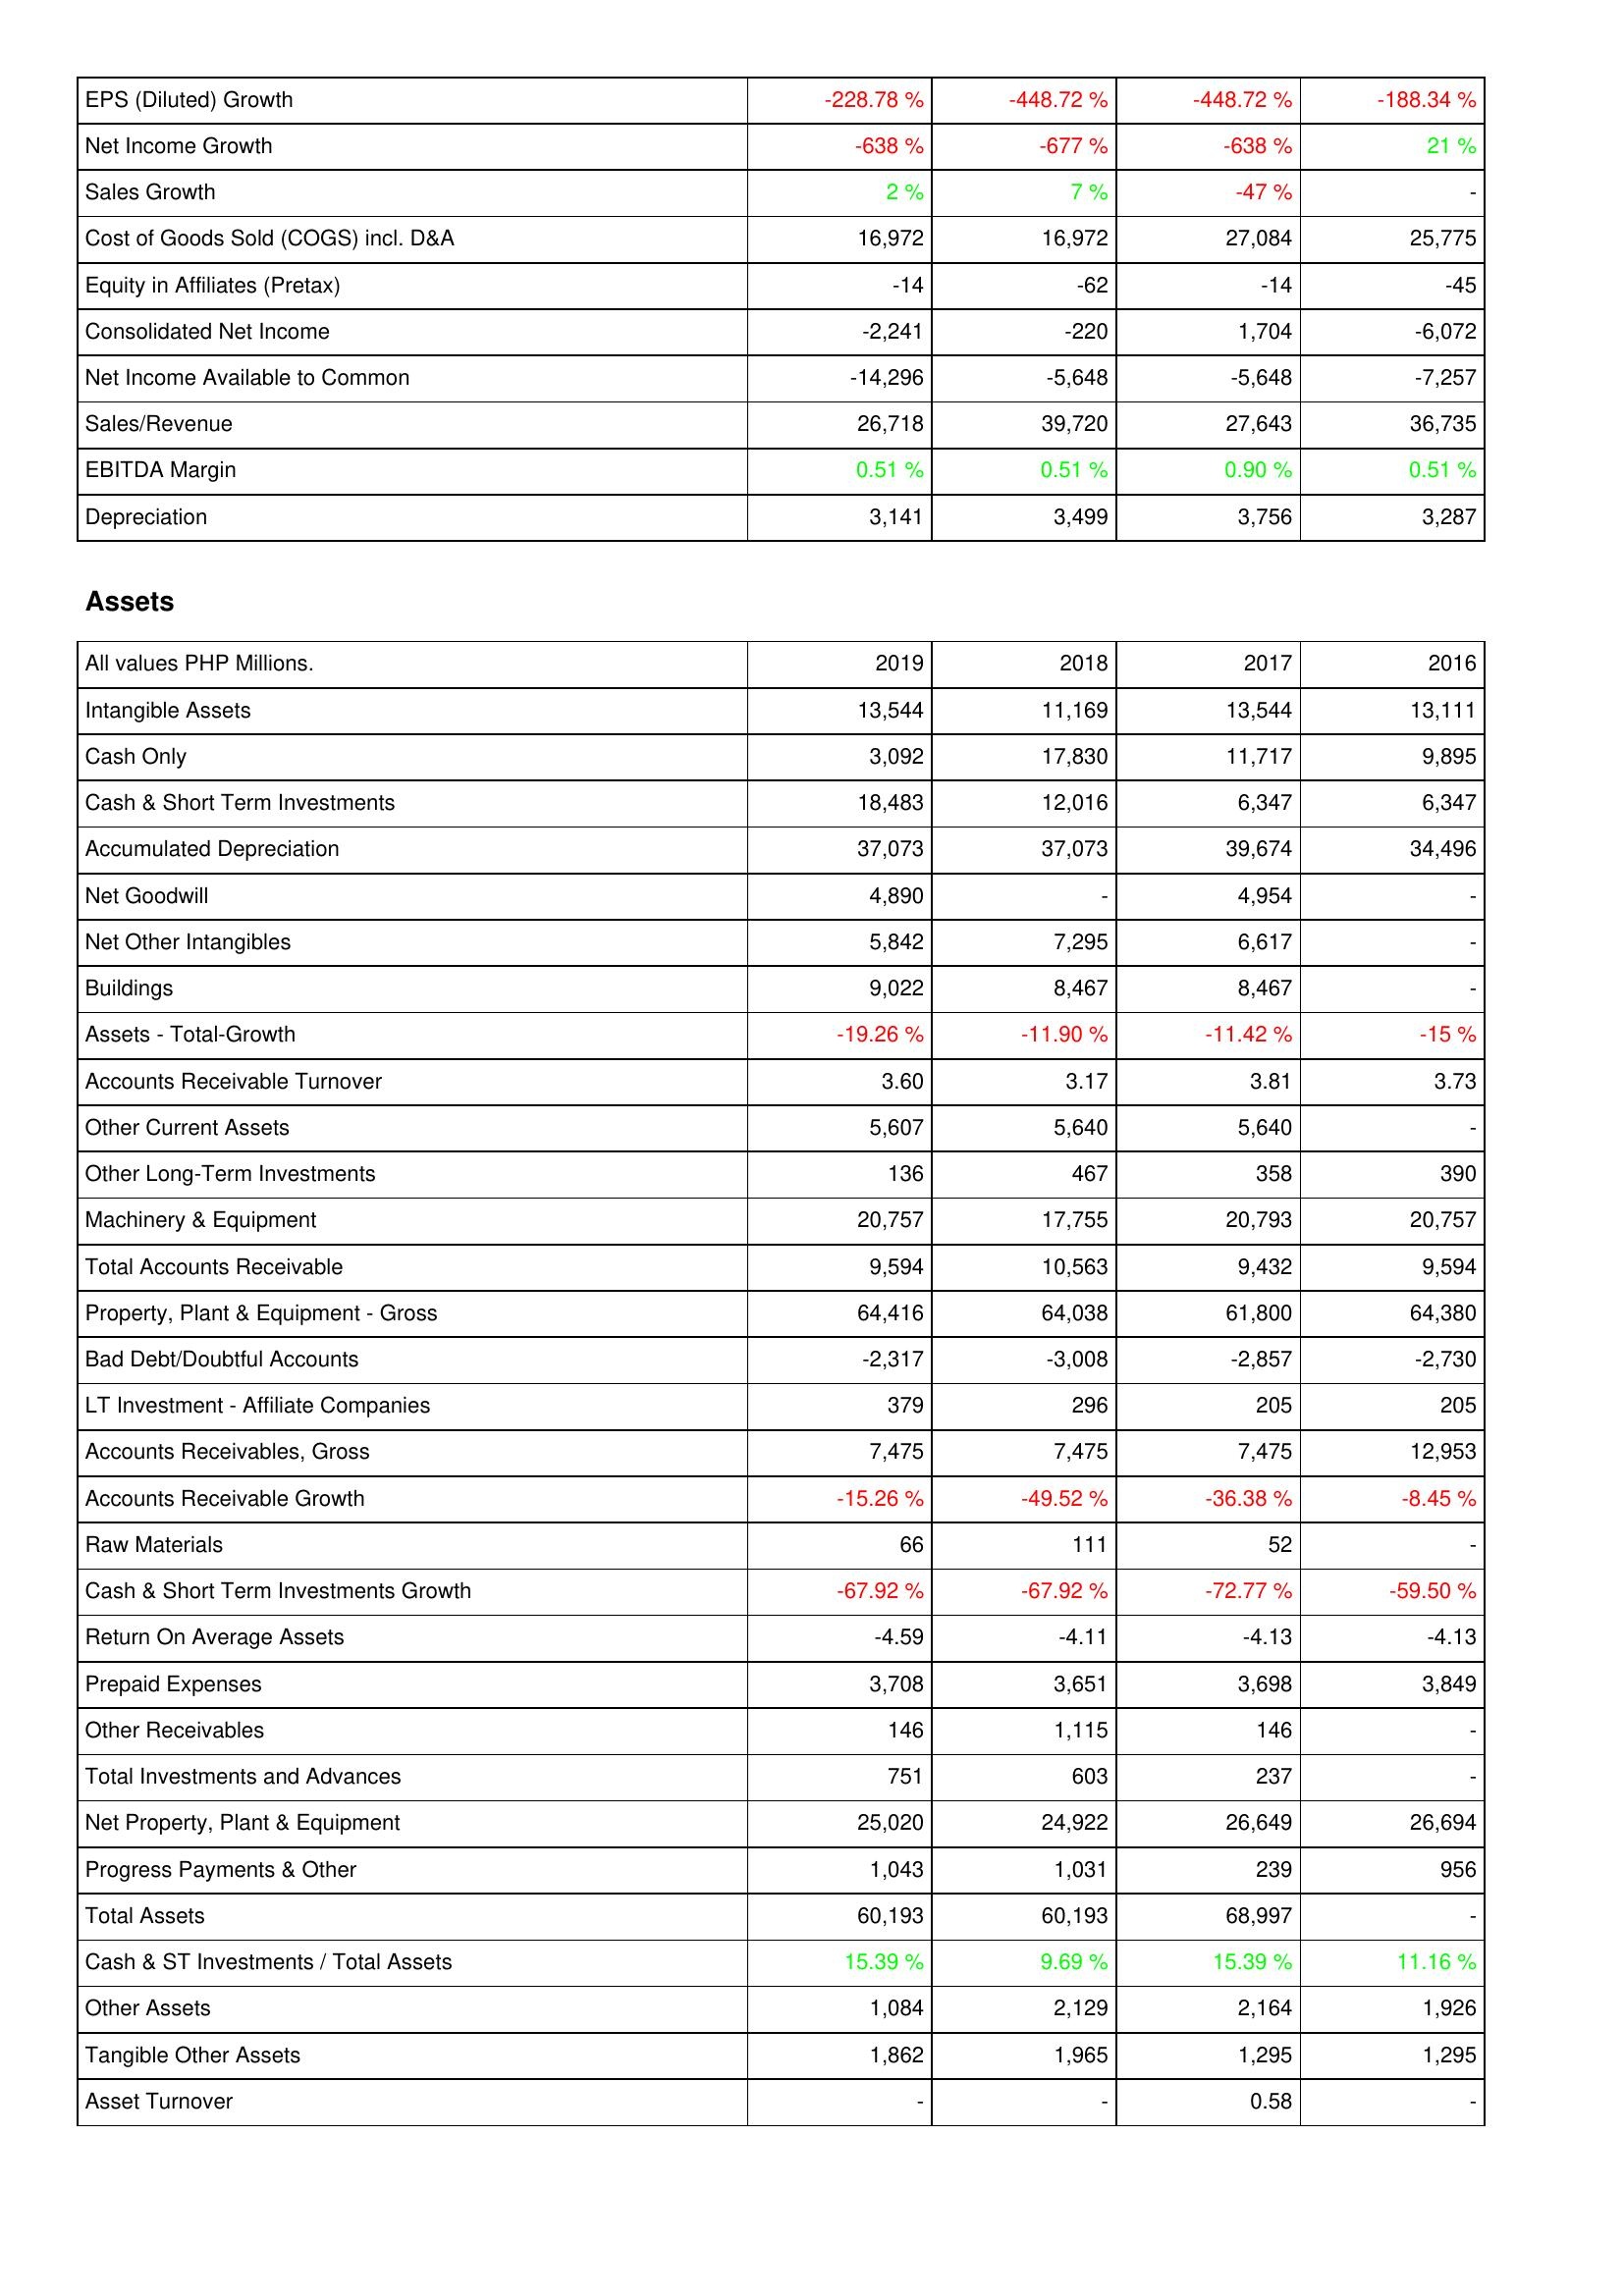
2019: Income Statement: EPS (Diluted) Growth: -228.78 %
Net Income Growth: -638 %
Sales Growth: 2 %
Cost of Goods Sold (COGS) incl. D&A: 16,972
Equity in Affiliates (Pretax): -14
Consolidated Net Income: -2,241
Net Income Available to Common: -14,296
Sales/Revenue: 26,718
EBITDA Margin: 0.51 %
Depreciation: 3,141
Assets: Intangible Assets: 13,544
Cash Only: 3,092
Cash & Short Term Investments: 18,483
Accumulated Depreciation: 37,073
Net Goodwill: 4,890
Net Other Intangibles: 5,842
Buildings: 9,022
Assets - Total-Growth: -19.26 %
Accounts Receivable Turnover: 3.60
Other Current Assets: 5,607
Other Long-Term Investments: 136
Machinery & Equipment: 20,757
Total Accounts Receivable: 9,594
Property, Plant & Equipment - Gross: 64,416
Bad Debt/Doubtful Accounts: -2,317
LT Investment - Affiliate Companies: 379
Accounts Receivables, Gross: 7,475
Accounts Receivable Growth: -15.26 %
Raw Materials: 66
Cash & Short Term Investments Growth: -67.92 %
Return On Average Assets: -4.59
Prepaid Expenses: 3,708
Other Receivables: 146
Total Investments and Advances: 751
Net Property, Plant & Equipment: 25,020
Progress Payments & Other: 1,043
Total Assets: 60,193
Cash & ST Investments / Total Assets: 15.39 %
Other Assets: 1,084
Tangible Other Assets: 1,862
Asset Turnover: -
2018: Income Statement: EPS (Diluted) Growth: -448.72 %
Net Income Growth: -677 %
Sales Growth: 7 %
Cost of Goods Sold (COGS) incl. D&A: 16,972
Equity in Affiliates (Pretax): -62
Consolidated Net Income: -220
Net Income Available to Common: -5,648
Sales/Revenue: 39,720
EBITDA Margin: 0.51 %
Depreciation: 3,499
Assets: Intangible Assets: 11,169
Cash Only: 17,830
Cash & Short Term Investments: 12,016
Accumulated Depreciation: 37,073
Net Goodwill: -
Net Other Intangibles: 7,295
Buildings: 8,467
Assets - Total-Growth: -11.90 %
Accounts Receivable Turnover: 3.17
Other Current Assets: 5,640
Other Long-Term Investments: 467
Machinery & Equipment: 17,755
Total Accounts Receivable: 10,563
Property, Plant & Equipment - Gross: 64,038
Bad Debt/Doubtful Accounts: -3,008
LT Investment - Affiliate Companies: 296
Accounts Receivables, Gross: 7,475
Accounts Receivable Growth: -49.52 %
Raw Materials: 111
Cash & Short Term Investments Growth: -67.92 %
Return On Average Assets: -4.11
Prepaid Expenses: 3,651
Other Receivables: 1,115
Total Investments and Advances: 603
Net Property, Plant & Equipment: 24,922
Progress Payments & Other: 1,031
Total Assets: 60,193
Cash & ST Investments / Total Assets: 9.69 %
Other Assets: 2,129
Tangible Other Assets: 1,965
Asset Turnover: -
2017: Income Statement: EPS (Diluted) Growth: -448.72 %
Net Income Growth: -638 %
Sales Growth: -47 %
Cost of Goods Sold (COGS) incl. D&A: 27,084
Equity in Affiliates (Pretax): -14
Consolidated Net Income: 1,704
Net Income Available to Common: -5,648
Sales/Revenue: 27,643
EBITDA Margin: 0.90 %
Depreciation: 3,756
Assets: Intangible Assets: 13,544
Cash Only: 11,717
Cash & Short Term Investments: 6,347
Accumulated Depreciation: 39,674
Net Goodwill: 4,954
Net Other Intangibles: 6,617
Buildings: 8,467
Assets - Total-Growth: -11.42 %
Accounts Receivable Turnover: 3.81
Other Current Assets: 5,640
Other Long-Term Investments: 358
Machinery & Equipment: 20,793
Total Accounts Receivable: 9,432
Property, Plant & Equipment - Gross: 61,800
Bad Debt/Doubtful Accounts: -2,857
LT Investment - Affiliate Companies: 205
Accounts Receivables, Gross: 7,475
Accounts Receivable Growth: -36.38 %
Raw Materials: 52
Cash & Short Term Investments Growth: -72.77 %
Return On Average Assets: -4.13
Prepaid Expenses: 3,698
Other Receivables: 146
Total Investments and Advances: 237
Net Property, Plant & Equipment: 26,649
Progress Payments & Other: 239
Total Assets: 68,997
Cash & ST Investments / Total Assets: 15.39 %
Other Assets: 2,164
Tangible Other Assets: 1,295
Asset Turnover: 0.58
2016: Income Statement: EPS (Diluted) Growth: -188.34 %
Net Income Growth: 21 %
Sales Growth: -
Cost of Goods Sold (COGS) incl. D&A: 25,775
Equity in Affiliates (Pretax): -45
Consolidated Net Income: -6,072
Net Income Available to Common: -7,257
Sales/Revenue: 36,735
EBITDA Margin: 0.51 %
Depreciation: 3,287
Assets: Intangible Assets: 13,111
Cash Only: 9,895
Cash & Short Term Investments: 6,347
Accumulated Depreciation: 34,496
Net Goodwill: -
Net Other Intangibles: -
Buildings: -
Assets - Total-Growth: -15 %
Accounts Receivable Turnover: 3.73
Other Current Assets: -
Other Long-Term Investments: 390
Machinery & Equipment: 20,757
Total Accounts Receivable: 9,594
Property, Plant & Equipment - Gross: 64,380
Bad Debt/Doubtful Accounts: -2,730
LT Investment - Affiliate Companies: 205
Accounts Receivables, Gross: 12,953
Accounts Receivable Growth: -8.45 %
Raw Materials: -
Cash & Short Term Investments Growth: -59.50 %
Return On Average Assets: -4.13
Prepaid Expenses: 3,849
Other Receivables: -
Total Investments and Advances: -
Net Property, Plant & Equipment: 26,694
Progress Payments & Other: 956
Total Assets: -
Cash & ST Investments / Total Assets: 11.16 %
Other Assets: 1,926
Tangible Other Assets: 1,295
Asset Turnover: -